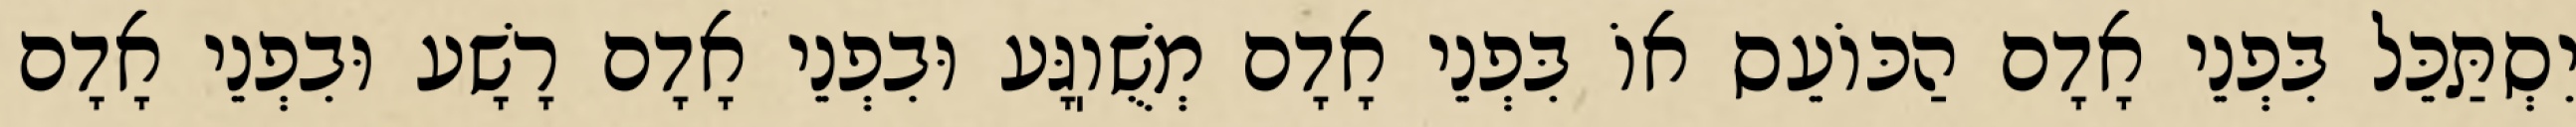
יִסְתַּכֵּל בִּפְנֵי אָדָם הַכּוֹעֵס אוֹ בִּפְנֵי אָדָם מְשֻׁוֽגָּע וּבִפְנֵי אָדָם רָשָׁע וּבִפְנֵי אָדָם